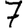
Digit: 7